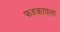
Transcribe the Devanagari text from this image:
फडकावला